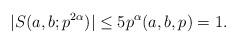
LaTeX: \begin{align*} |S(a,b;p^{2 \alpha})| \le 5 p^\alpha (a,b,p)=1.\end{align*}